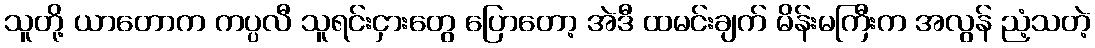
သူတို့ ယာတောက ကပ္ပလီ သူရင်းငှားတွေ ပြောတော့ အဲဒီ ထမင်းချက် မိန်းမကြီးက အလွန် ညံ့သတဲ့